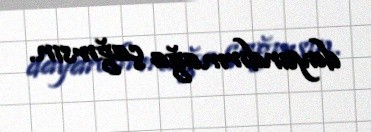
dayandırmağa çağırsın.